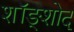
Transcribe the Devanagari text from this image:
शॉङ्शोद्